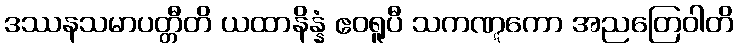
ဒဿနသမာပတ္တီတိ ယထာနိန္နံ ဧဝရူပီ သကဏ္ဋကော အညတြေဝါတိ